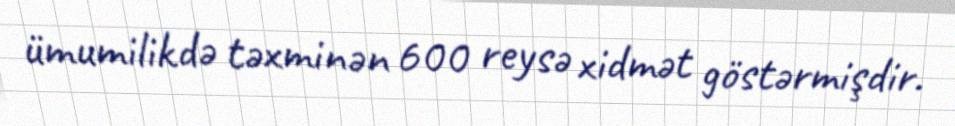
ümumilikdə təxminən 600 reysə xidmət göstərmişdir.